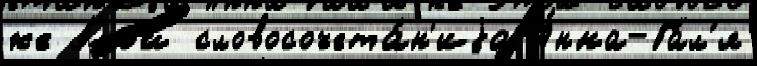
же э́той словосочета́н'иjа А́нна-Га́л'я